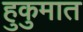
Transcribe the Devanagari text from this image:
हुकुमात